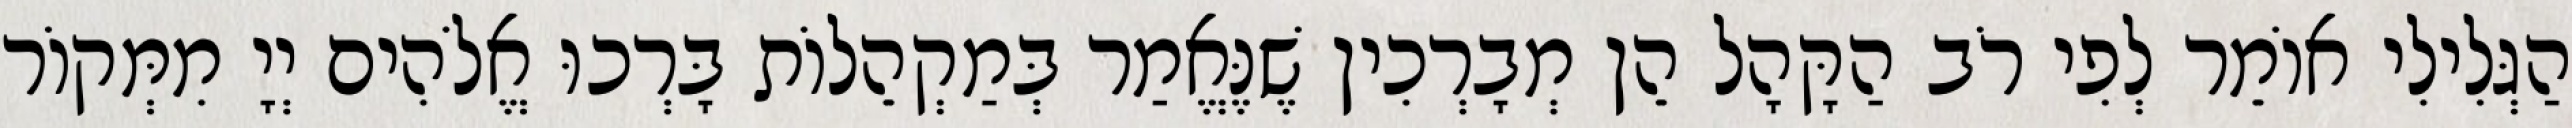
הַגְּלִילִי אוֹמֵר לְפִי רֹב הַקָּהָל הֵן מְבָרְכִין שֶׁנֶּאֱמַר בְּמַקְהֵלוֹת בָּרְכוּ אֱלֹהִים יְיָ מִמְּקוֹר